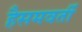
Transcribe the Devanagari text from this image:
हैसमवर्ती